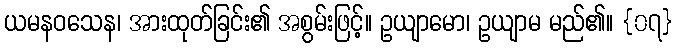
ယမနဝသေန၊ အားထုတ်ခြင်း၏ အစွမ်းဖြင့်။ ဥယျာမော၊ ဥယျာမ မည်၏။ {၀၇}